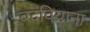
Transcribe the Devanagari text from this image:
बदवियाना